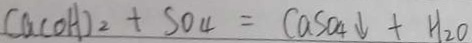
C a ( O H ) _ { 2 } + S O _ { 4 } = C a S O _ { 4 } \downarrow + H _ { 2 } O